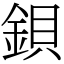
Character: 鋇